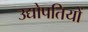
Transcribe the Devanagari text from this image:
उद्योपतियों